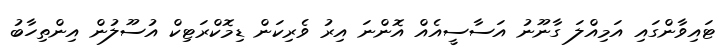
ޓައިވާންގައި އަމިއްލަ ގާނޫނު އަސާސީއެއް އޮންނަ އިރު ވެރިކަން ޑިމޮކްރަޓިކް އުސޫލުން އިންތިހާބު